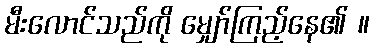
မီးလောင်သည်ကို မျှော်ကြည့်နေ၏ ။